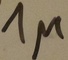
Text: 1µ